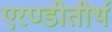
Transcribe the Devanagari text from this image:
एरण्डीतीर्थ